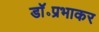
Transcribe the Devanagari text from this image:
डॉ॰प्रभाकर